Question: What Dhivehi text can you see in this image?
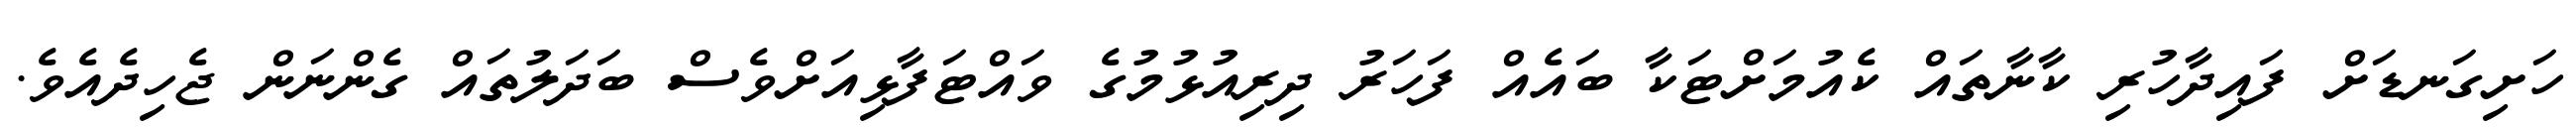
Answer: ހަށިގަނޑަށް ފައިދާހުރި ކާނާތައް ކެއުމަށްޓަކާ ބައެއް ފަހަރު ދިރިއުޅުމުގެ ވައްޓަފާޅިއަށްވެސް ބަދަލުތައް ގެންނަން ޖެހިދެއެވެ.